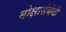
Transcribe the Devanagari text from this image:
मोक्षासंबंधी